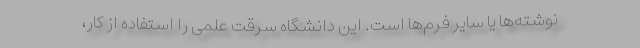
نوشته‌ها یا سایر فرم‌ها است. این دانشگاه سرقت علمی را استفاده از کار،